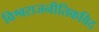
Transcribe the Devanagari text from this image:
विश्वराजनीतिकविद